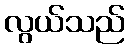
လွယ်သည်